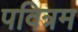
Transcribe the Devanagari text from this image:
पवित्रम